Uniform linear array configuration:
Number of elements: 64
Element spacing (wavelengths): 0.5
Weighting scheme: hamming
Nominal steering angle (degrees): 60
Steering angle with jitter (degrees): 60.972
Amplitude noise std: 0.05
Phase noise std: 0.05

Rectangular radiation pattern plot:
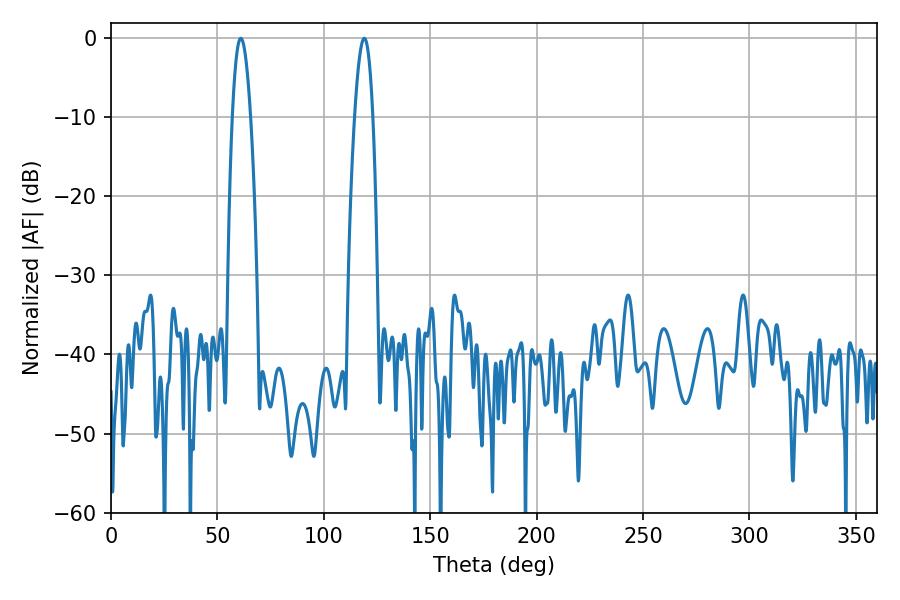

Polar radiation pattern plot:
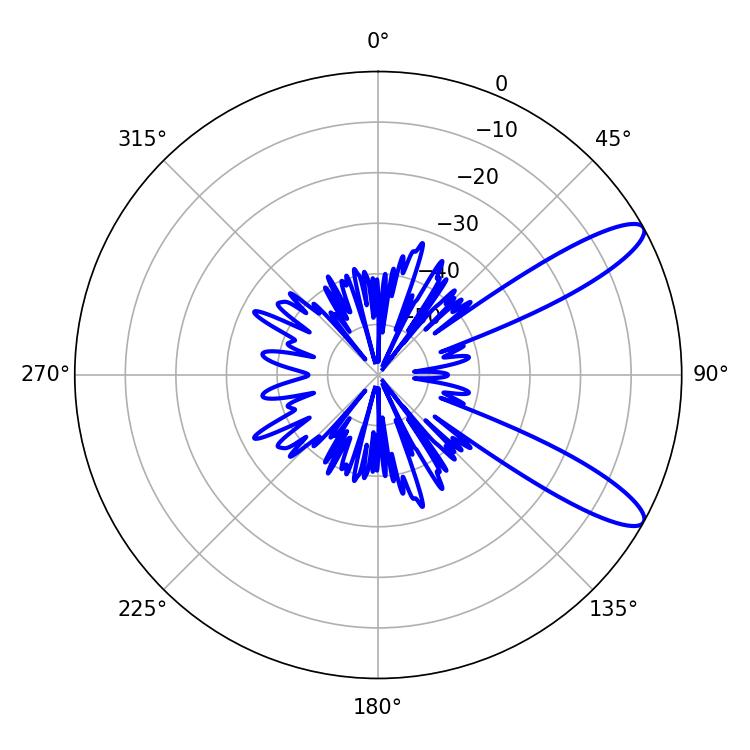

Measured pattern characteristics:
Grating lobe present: FALSE
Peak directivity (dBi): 11.079
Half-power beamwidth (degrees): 4.68
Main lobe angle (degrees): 61.02